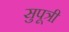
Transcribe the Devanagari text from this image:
सुपूत्री